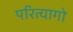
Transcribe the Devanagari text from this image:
परित्यागो